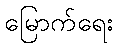
မြောက်ရေး